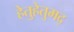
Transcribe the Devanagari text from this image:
हेतुहेतुमद्